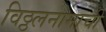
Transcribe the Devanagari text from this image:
विठ्ठलनामाची